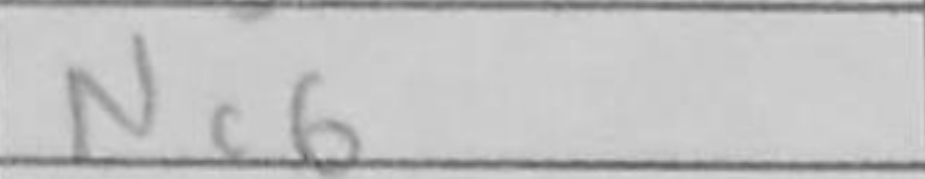
Transcription: Nc6